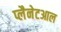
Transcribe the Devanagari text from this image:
प्लैनेटआल